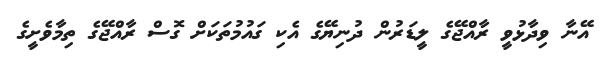
އޭނާ ވިދާޅުވީ ރާއްޖޭގެ ލީޑަރުން ދުނިޔޭގެ އެކި ގައުމުތަކަށް ގޮސް ރާއްޖޭގެ ތިމާވެށީގެ